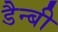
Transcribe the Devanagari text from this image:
डैन्बी